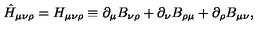
\hat { H } _ { \mu \nu \rho } = H _ { \mu \nu \rho } \equiv \partial _ { \mu } B _ { \nu \rho } + \partial _ { \nu } B _ { \rho \mu } + \partial _ { \rho } B _ { \mu \nu } ,